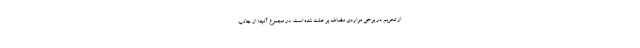
از تحریم در برخی مواردی مضاف بر علت شده است. در مجموع آنچه از جانب